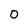
Character: O